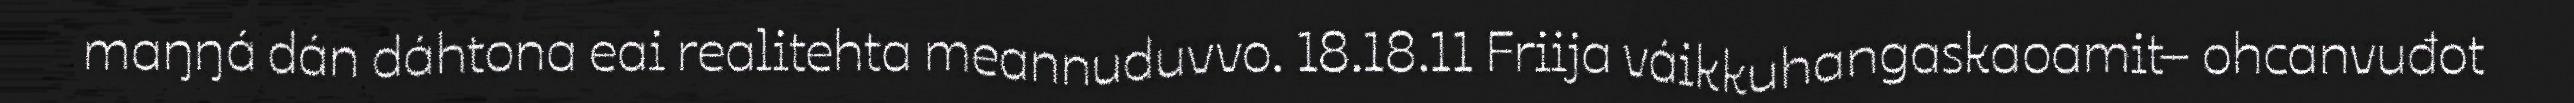
maŋŋá dán dáhtona eai realitehta meannuduvvo. 18.18.11 Friija váikkuhangaskaoamit– ohcanvuđot